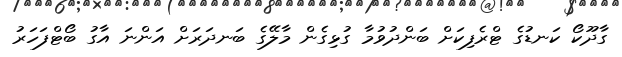
ގާދޫކޯ ކަނޑުގެ ޓްރެފިކަށް ބަންދުވުމާ ގުޅިގެން މާލޭގެ ބަނދަރަށް އަންނަ އާގު ބޯޓްފަހަރު